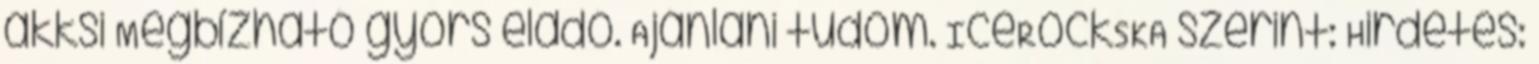
akksi Megbízható gyors eladó. Ajánlani tudom. IceRockSKA szerint: Hirdetés: